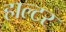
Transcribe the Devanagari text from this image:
हाल्टर